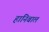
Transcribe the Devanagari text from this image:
हानिबाल